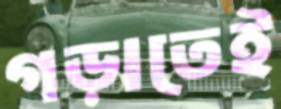
গড়াতেই